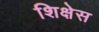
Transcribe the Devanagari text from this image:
शिक्षेस